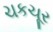
ચકચૂર